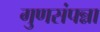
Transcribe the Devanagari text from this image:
गुणसंपन्ना